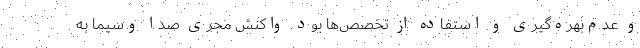
و عدم‌بهره‌گیری و استفاده از تخصص‌ها بود. واکنش مجری صدا وسیما به